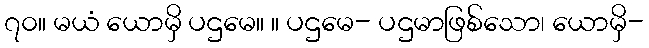
၇၀။ မယံ ယောမှိ ပဌမေ။ ။ ပဌမေ- ပဌမာဖြစ်သော၊ ယောမှိ-